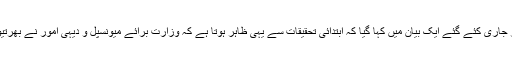
اینٹی کرپشن کمیشن کی جانب سے گزشتہ روز جاری کئے گئے ایک بیان میں کہا گیا کہ ابتدائی تحقیقات سے یہی ظاہر ہوتا ہے کہ وزارت برائے میونسپل و دیہی امور نے بھرتیوں کے ضمن میں ضوابط پر عمل نہیں کیا تھا۔